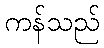
ကန်သည်